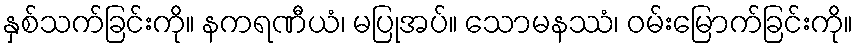
နှစ်သက်ခြင်းကို။ နကရဏီယံ၊ မပြုအပ်။ သောမနဿံ၊ ဝမ်းမြောက်ခြင်းကို။